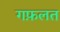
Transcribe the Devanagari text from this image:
गफ़लत